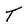
Character: T